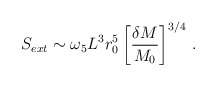
\begin{align*}S_{ext} \sim \omega_5 L^3 r_0^5 \left[{{\delta M}\over{M_0}}\right]^{3/4} \, .\end{align*}